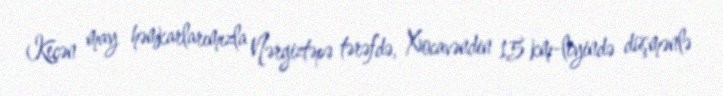
Keçən may həmkarlarımızla Nərgiztəpə tərəfdə, Xocavəndin 15 km-liyində düşmənlə